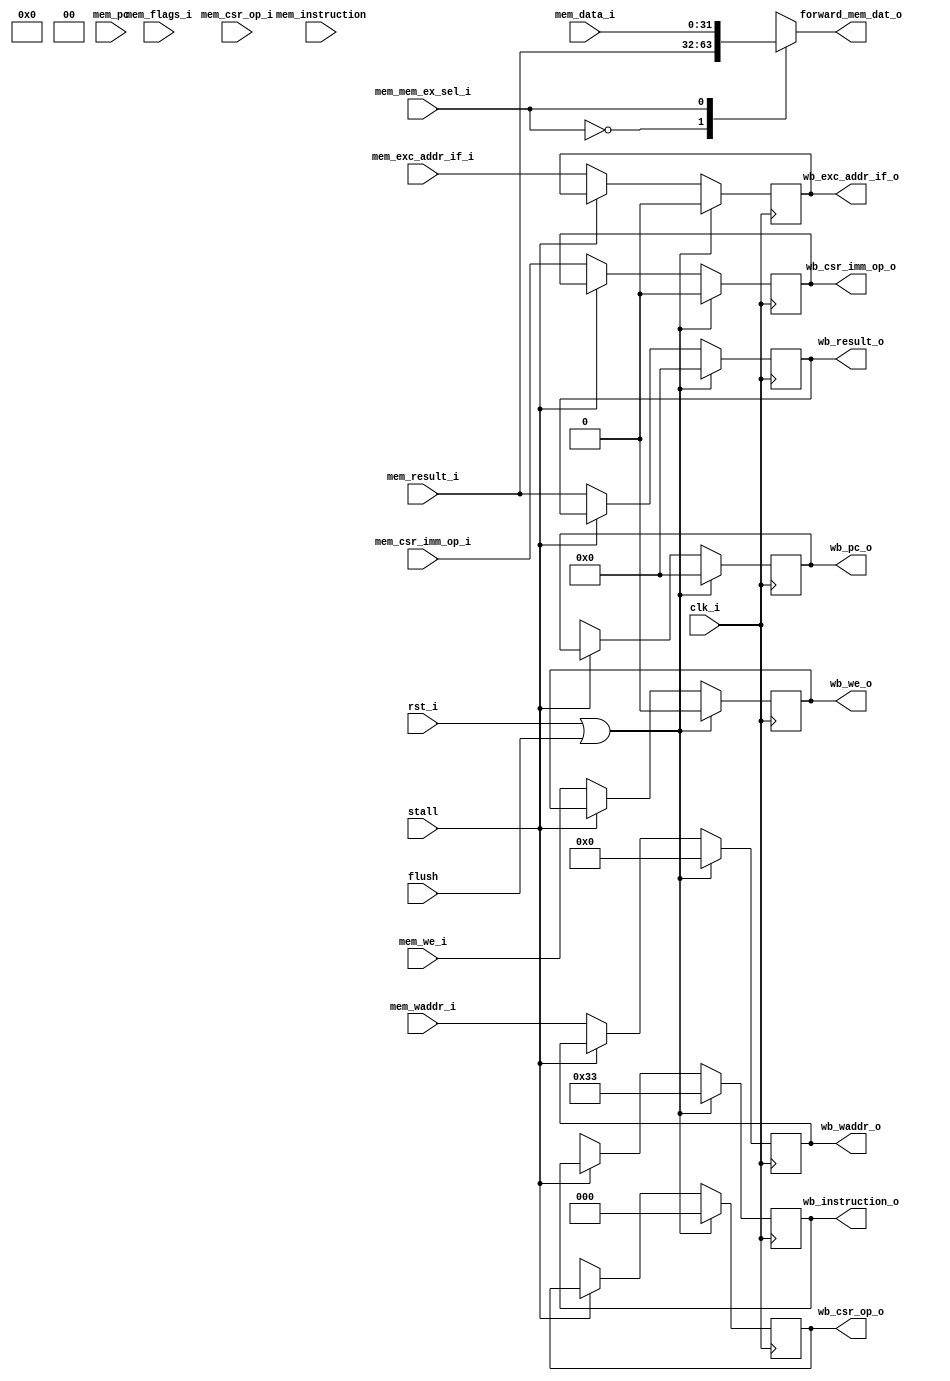
module mem_stage( 
		  input 		clk_i, 
		  input 		rst_i,
		  input 		stall,
		  input 		flush,
		  //MEM => ID FORWARDING 
		  output 	[31:0] forward_mem_dat_o,
	          //EX => MEM SIGNALS 
		  input 	[31:0]	mem_pc,
		  input 	[31:0]	mem_instruction,
		  input		[31:0]	mem_result_i, 
		  input 	[ 4:0] 	mem_waddr_i, 
		  input 		mem_we_i,
		  input 	[ 5:0]	mem_flags_i,
		  input 		mem_mem_ex_sel_i,
		  input 	[ 2:0] 	mem_csr_op_i,
		  input 		mem_csr_imm_op_i,
		  input 		mem_exc_addr_if_i,

		  //LSU  SIGNALS
		  input 	[31:0] 	mem_data_i,
		  //MEM => WB SIGNALS
		  output reg 	[31:0] 	wb_pc_o,
		  output reg 	[31:0] 	wb_instruction_o,
	 	  output reg 	[31:0]	wb_result_o,
	 	  output reg 	[ 4:0]	wb_waddr_o,
		  output reg 		wb_we_o,
		  //CSR SIGNALS
		  output reg 	[ 2:0]	wb_csr_op_o,
		  output reg 		wb_csr_imm_op_o,
		  output reg 		wb_exc_addr_if_o,
	 	  //EXCEPTION SIGNALS
		  ); 
			

		wire [31:0] wb_result; 
		wire [31:0] wb_addr; 

		assign forward_mem_dat_o = wb_result; 

		always @(*) begin 
			case(mem_mem_ex_sel_i) 
			  1'b0: wb_result = mem_result_i;
			  1'b1: wb_result = mem_data_i;
			 endcase
		end 



		always @(posedge clk_i) begin
			wb_pc_o 		<= (rst_i | flush) ? 32'h0  : ((stall)? wb_pc_o : mem_pc_i); 
			wb_instruction_o 	<= (rst_i | flush) ? 32'h33 : ((stall)? wb_instruction_o : mem_instruction_i); 
			wb_result_o 		<= (rst_i | flush) ? 32'h0  : ((stall)? wb_result_o : mem_result_i); 
			wb_waddr_o 		<= (rst_i | flush) ? 32'h0  : ((stall)? wb_waddr_o : mem_waddr_i); 
			wb_we_o 		<= (rst_i | flush) ? 1'h0   : ((stall)? wb_we_o : mem_we_i); 
			wb_csr_op_o 		<= (rst_i | flush) ? 3'h0   : ((stall)? wb_csr_op_o : mem_csr_op_o); 
			wb_csr_imm_op_o 	<= (rst_i | flush) ? 1'h0   : ((stall)? wb_csr_imm_op_o : mem_csr_imm_op_i); 
			wb_exc_addr_if_o 	<= (rst_i | flush) ? 1'h0   : ((stall)? wb_exc_addr_if_o : mem_exc_addr_if_i); 
		end	


endmodule